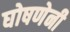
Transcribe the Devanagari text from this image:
घोषणेनी